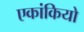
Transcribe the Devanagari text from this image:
एकांकियो